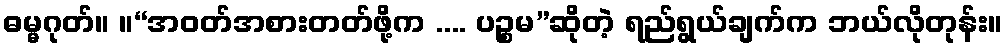
ဓမ္မဂုတ်။ ။“အဝတ်အစားတတ်ဖို့က .... ပဉ္စမ”ဆိုတဲ့ ရည်ရွယ်ချက်က ဘယ်လိုတုန်း။